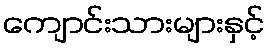
ကျောင်းသားများနှင့်